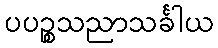
ပပဉ္စသညာသင်္ခါယ